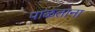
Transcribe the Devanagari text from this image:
पाळताना